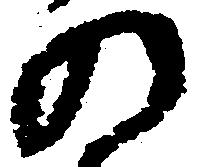
の